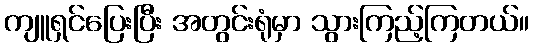
ကျူရှင်ပြေးပြီး အတွင်းရုံမှာ သွားကြည့်ကြတယ်။